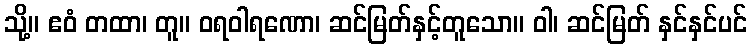
သို့။ ဧဝံ တထာ၊ တူ။ ဝရဝါရဏော၊ ဆင်မြတ်နှင့်တူသော။ ဝါ၊ ဆင်မြတ် နှင်နှင်ပင်